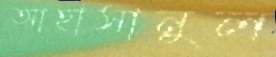
আহাসানুল